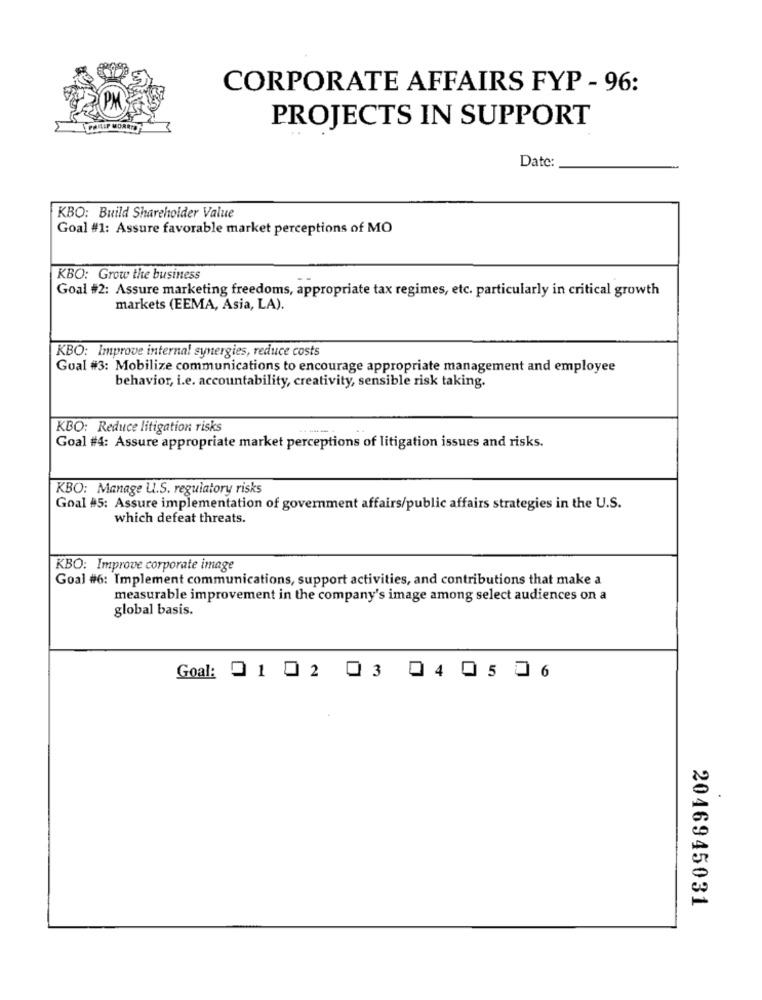
CORPORATE AFFAIRS FYP - 96:
PROJECTS IN SUPPORT
Date
KBO: Build Shareholder Value
Goal #1: Assure favorable market perceptions of MO
KBO: Grow the business
Goal #2: Assure marketing freedoms, appropriate tax regimes, etc. particularly in critical growth
markets (EEMA, Asia, LA).
KBO: Improve internal synergies, reduce costs
Goal #3: Mobilize communications to encourage appropriate management and employee
behavior, i.e. accountability, creativity, sensible risk taking.
KBO: Reduce litigation risks
Goal #4: Assure appropriate market perceptions of litigation issues and risks.
KBO: Manage U.S. regulatory risks
Goal #5: Assure implementation of government affairs/public affairs strategies in the U.S.
which defeat threats.
KBO: Improve corporate image
Goal #6: Implement communications, support activities, and contributions that make a
measurable improvement in the company's image among select audiences on a
global basis.
Goal: 01 02 03 0405 06
2046945031